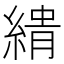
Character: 𮈨